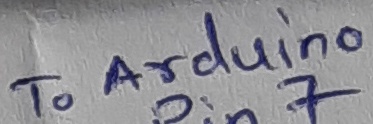
Text: To Arduino